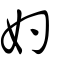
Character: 妁